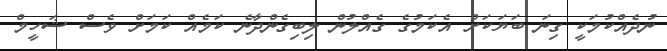
ނުދެއްކުމަކީ ގިނަ ބަޔަކަށް އެކަމުގެ ގެއްލުން ލިބިގެންދާނެ ކަމެއް ކަމަށް ވެސް ޝަހީމް